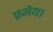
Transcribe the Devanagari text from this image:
प्रमेय।